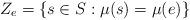
LaTeX: \begin{align*}Z_e = \left\{ s \in S : \mu(s) = \mu(e) \right\}\end{align*}